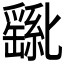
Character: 𫧊